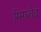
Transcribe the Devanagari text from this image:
मिगलेद